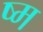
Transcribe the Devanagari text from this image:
ष्म